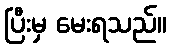
ပြီးမှ မေးရသည်။